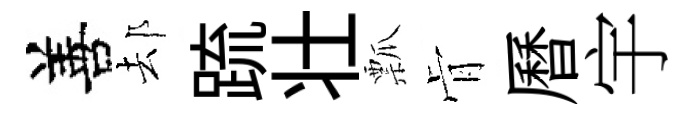
善𨚫䟽壮瓢肻曆宇